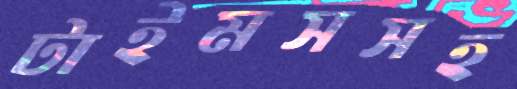
টাইমসসহ